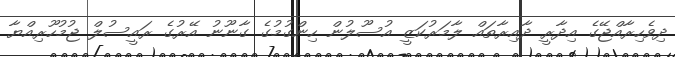
ދިވެހިރާއްޖޭގެ އިދާރީ ދާއިރާތައް ލާމަރުކަޒީ އުސޫލުން ހިންގުމުގެ ގާނޫނު އޭރުގެ ރައީސުލް ޖުމުހޫރިއްޔާ